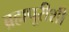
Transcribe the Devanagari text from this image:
ब्रह्मपूरीशी